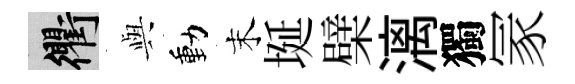
衢𫤰動末埏檗漓獨冡